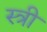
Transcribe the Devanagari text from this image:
स्त्री